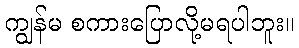
ကျွန်မ စကားပြောလို့မရပါဘူး။